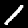
Digit: 1